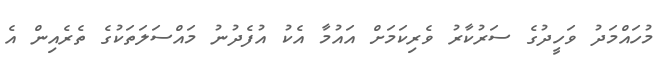
މުހައްމަދު ވަހީދުގެ ސަރުކާރު ވެރިކަމަށް އައުމާ އެކު އުފެދުނު މައްސަލަތަކުގެ ތެރެއިން އެ